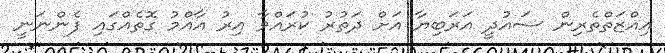
އިއްޒަތްތެރިން ސައުދީ އަރަބިޔާ އަށް ދަތުރު ކުރައްވާ އިރު އާއްމު ގޮތެއްގައި ފެންނަނީ